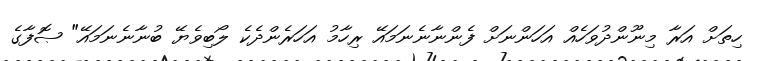
ހިތަށް އަރާ މިނޫންދުވަހެއް އަހަންނަށް ފެންނާނެނަމައޭ ރިހާމު އަހަރެންދެކެ ލޯބިވެޔޭ ބުނާނެނަމައޭ" ޞޮފާގެ